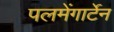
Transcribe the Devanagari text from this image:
पलमेंगार्टेन